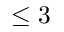
\leq 3